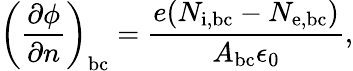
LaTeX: \left(\frac{\partial\phi}{\partial n}\right)_{\mathrm{bc}}=\frac{e(N_{\mathrm{i,bc}}-N_{\mathrm{e,bc}})}{A_{\mathrm{bc}}\epsilon_{0}},